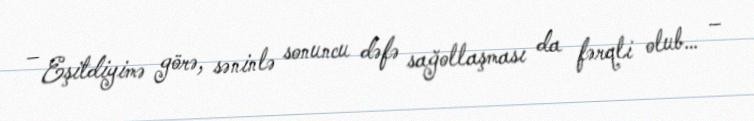
– Eşitdiyimə görə, səninlə sonuncu dəfə sağollaşması da fərqli olub… –